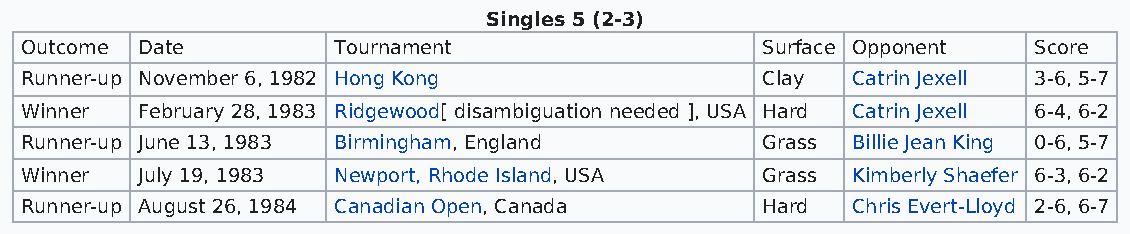
Singles 5 (2-3)
 Outcome Date         Tournament                  Surface Opponent  Score
 Runner-up November 6, 1982 Hong Kong             Clay  Catrin Jexell 3-6, 5-7
 Winner  February 28, 1983 Ridgewood[ disambiguation needed ], USA Hard Catrin Jexell 6-4, 6-2
 Runner-up June 13, 1983 Birmingham, England      Grass Billie Jean King 0-6, 5-7
 Winner  July 19, 1983 Newport, Rhode Island, USA Grass Kimberly Shaefer 6-3, 6-2
 Runner-up August 26, 1984 Canadian Open, Canada  Hard  Chris Evert-Lloyd 2-6, 6-7